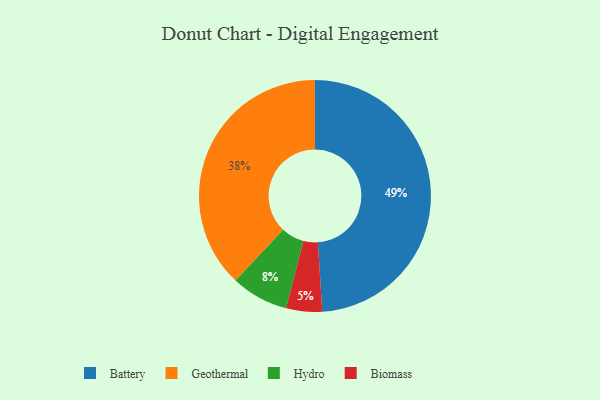
{"axis": {"x": "Category", "y": "Percentage"}, "legend": ["Battery", "Biomass", "Geothermal", "Hydro"], "data": [{"x": "Geothermal", "y": 38, "type": "Geothermal"}, {"x": "Hydro", "y": 8, "type": "Hydro"}, {"x": "Biomass", "y": 5, "type": "Biomass"}, {"x": "Battery", "y": 49, "type": "Battery"}]}